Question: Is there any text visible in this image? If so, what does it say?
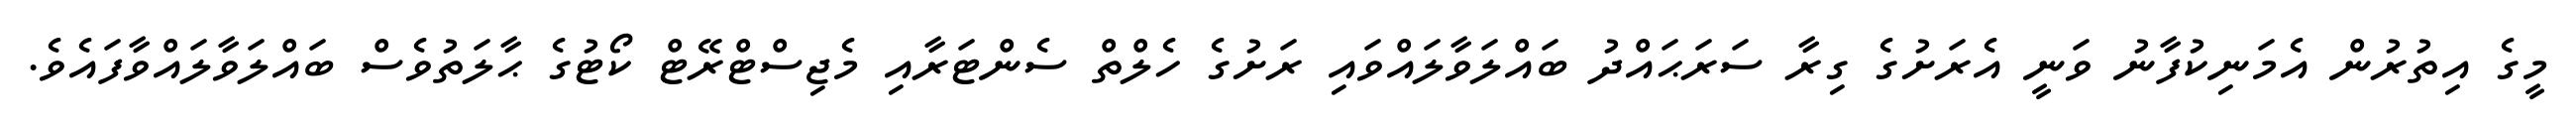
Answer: މީގެ އިތުރުން އެމަނިކުފާނު ވަނީ އެރަށުގެ ގިރާ ސަރަޙައްދު ބައްލަވާލައްވައި ރަށުގެ ހެލްތް ސެންޓަރާއި މެޖިސްޓްރޭޓް ކޯޓުގެ ޙާލަތުވެސް ބައްލަވާލައްވާފައެވެ.